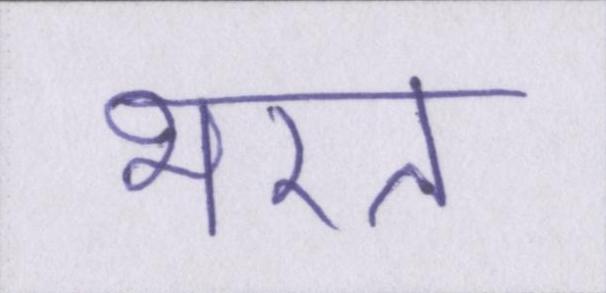
भरत